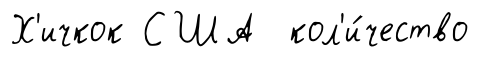
Х'ичкок США кол'и́чество